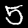
Digit: 5